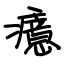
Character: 癔